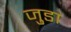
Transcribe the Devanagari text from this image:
जु़डा